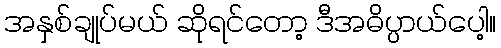
အနှစ်ချုပ်မယ် ဆိုရင်တော့ ဒီအဓိပ္ပာယ်ပေါ့။